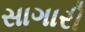
સાગારી